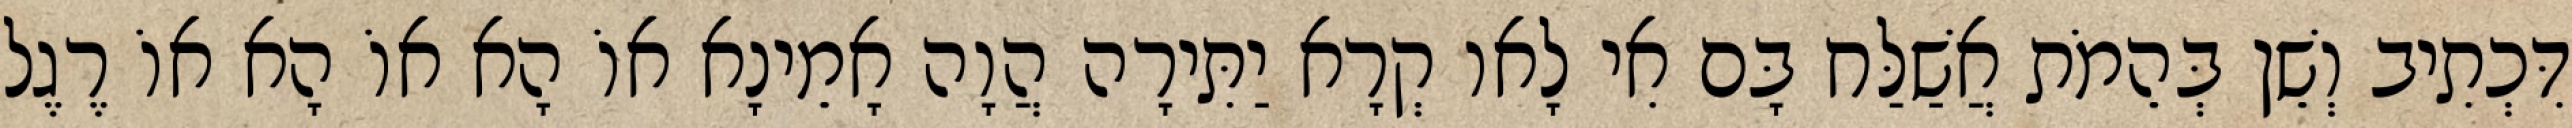
דִּכְתִיב וְשֵׁן בְּהֵמֹת אֲשַׁלַּח בָּם אִי לָאו קְרָא יַתִּירָה הֲוָה אָמֵינָא אוֹ הָא אוֹ הָא אוֹ רֶגֶל